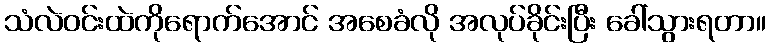
သံလဲဝင်းထဲကိုရောက်အောင် အစေခံလို အလုပ်ခိုင်းပြီး ခေါ်သွားရတာ။